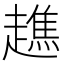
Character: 趭